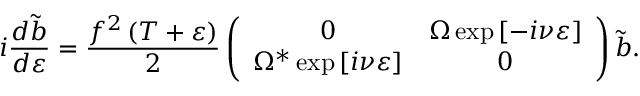
i \frac { d \tilde { b } } { d \varepsilon } = \frac { f ^ { 2 } \left( T + \varepsilon \right) } { 2 } \left( \begin{array} { c c } { 0 } & { \Omega \exp \left[ - i \nu \varepsilon \right] } \\ { \Omega ^ { \ast } \exp \left[ i \nu \varepsilon \right] } & { 0 } \end{array} \right) \tilde { b } .